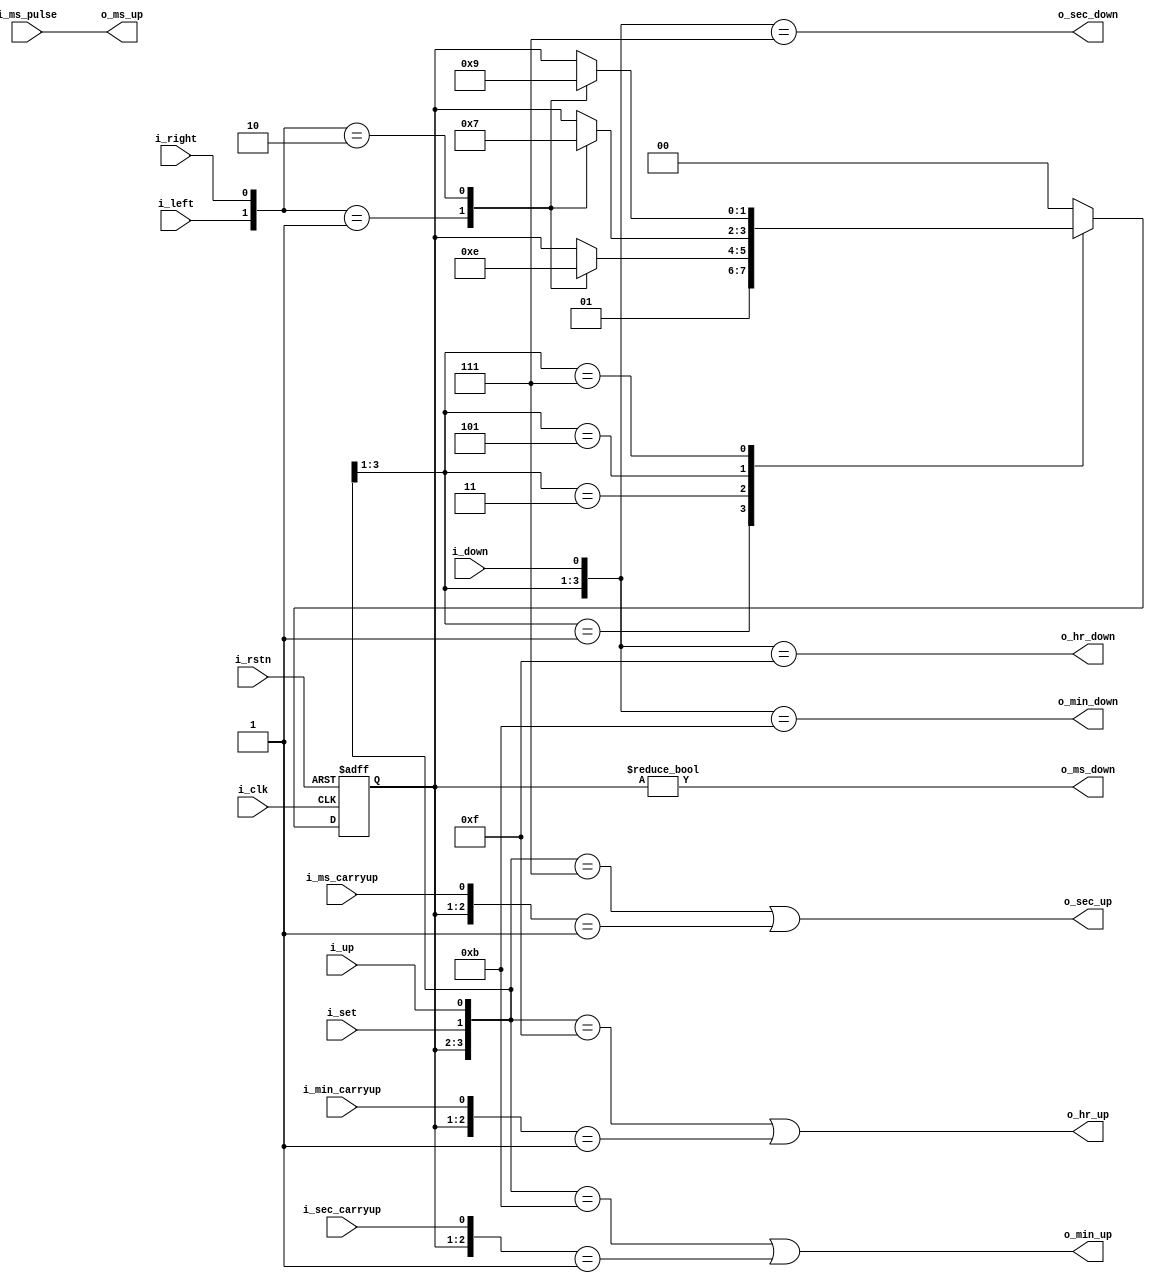
module ClockControl(/*AUTOARG*/
		    // Outputs
		    o_ms_up, o_ms_down, o_sec_up, o_sec_down, o_min_up, o_min_down,
		    o_hr_up, o_hr_down,
		    // Inputs
		    i_clk, i_rstn, i_set, i_up, i_down, i_left, i_right, i_ms_pulse,
		    i_ms_carryup, i_sec_carryup, i_min_carryup
		    );

   input i_clk;
   input i_rstn;
   input i_set;
   input i_up;
   input i_down;
   input i_left;
   input i_right;

   input i_ms_pulse;
   input i_ms_carryup;
   input i_sec_carryup;
   input i_min_carryup;

   output o_ms_up;
   output o_ms_down;
   output o_sec_up;
   output o_sec_down;
   output o_min_up;
   output o_min_down;
   output o_hr_up;
   output o_hr_down;

   reg [1:0] r_cur_state;

   localparam [1:0] c_run = 2'b00;
   localparam [1:0] c_set_sec = 2'b01;
   localparam [1:0] c_set_min = 2'b10;
   localparam [1:0] c_set_hr = 2'b11;

   assign o_ms_up = i_ms_pulse;
   assign o_ms_down = r_cur_state != c_run; // clear and keep at 0 in set modes
   assign o_sec_up = ({r_cur_state, i_set, i_up} == {c_set_sec, 2'b11}) | ({r_cur_state, i_ms_carryup} == {c_run, 1'b1});
   assign o_sec_down = ({r_cur_state, i_set, i_down} == {c_set_sec, 2'b11});

   assign o_min_up = ({r_cur_state, i_set, i_up} == {c_set_min, 2'b11}) | ({r_cur_state, i_sec_carryup} == {c_run, 1'b1});
   assign o_min_down = ({r_cur_state, i_set, i_down} == {c_set_min, 2'b11});

   assign o_hr_up = ({r_cur_state, i_set, i_up} == {c_set_hr, 2'b11}) | ({r_cur_state, i_min_carryup} == {c_run, 1'b1});
   assign o_hr_down = ({r_cur_state, i_set, i_down} == {c_set_hr, 2'b11});

   always @(posedge i_clk or negedge i_rstn) begin
      if (!i_rstn) r_cur_state <= c_run;
      else
	case({r_cur_state, i_set}) 

	  {c_run, 1'b1}: r_cur_state <= c_set_sec;
	  {c_set_sec, 1'b1}: begin
	     case({i_left, i_right}) 
	       2'b01: r_cur_state <= c_set_hr;
	       2'b10: r_cur_state <= c_set_min;
	       default: r_cur_state <= r_cur_state;
	     endcase
	  end
	  {c_set_min, 1'b1}: begin
	     case({i_left, i_right})
	       2'b01: r_cur_state <= c_set_sec;
	       2'b10: r_cur_state <= c_set_hr;
	       default: r_cur_state <= r_cur_state;
	     endcase
	  end
	  {c_set_hr, 1'b1}: begin
	     case({i_left, i_right}) 
	       2'b01: r_cur_state <= c_set_min;
	       2'b10: r_cur_state <= c_set_sec;
	       default: r_cur_state <= r_cur_state;
	     endcase
	  end
	  default: r_cur_state <= c_run;

	endcase
   end


endmodule